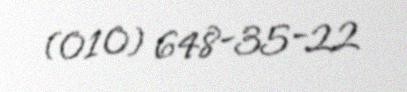
(010) 648-35-22